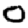
Digit: 0